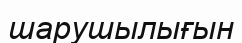
шарушылығын